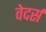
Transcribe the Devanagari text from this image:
वेदर्स